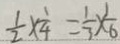
\frac { 1 } { 2 } \times \frac { 1 } { 4 } = \frac { 1 } { 3 } \times \frac { 1 } { 6 }